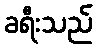
ခရီးသည်